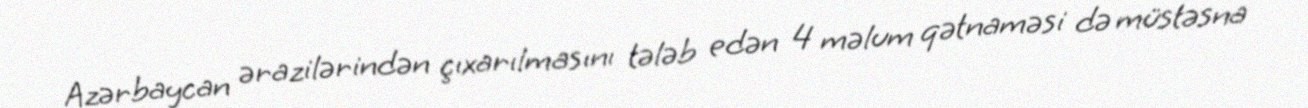
Azərbaycan ərazilərindən çıxarılmasını tələb edən 4 məlum qətnaməsi də müstəsna